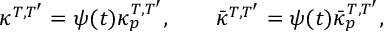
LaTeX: \kappa ^ { T , T ^ { \prime } } = \psi ( t ) \kappa _ { p } ^ { T , T ^ { \prime } } , \ ~ ~ ~ ~ ~ \bar { \kappa } ^ { T , T ^ { \prime } } = \psi ( t ) \bar { \kappa } _ { p } ^ { T , T ^ { \prime } } ,